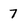
Character: 7